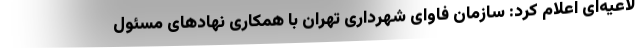
لاعیه‌ای اعلام کرد: سازمان فاوای شهرداری تهران با همکاری نهادهای مسئول